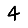
Digit: 4